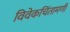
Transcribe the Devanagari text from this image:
विवेकचिंतामणी